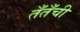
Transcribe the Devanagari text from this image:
तँतँची